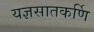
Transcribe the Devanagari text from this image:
यज्ञसातकर्णि